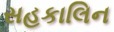
સહકાલિન